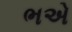
ભએ